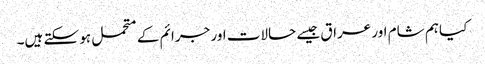
کیا ہم شام اور عراق جیسے حالات اور جرائم کے متحمل ہو سکتے ہیں۔